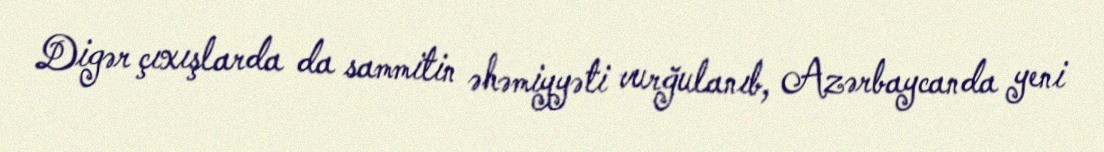
Digər çıxışlarda da sammitin əhəmiyyəti vurğulanıb, Azərbaycanda yeni